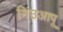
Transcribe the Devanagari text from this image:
निउआपू